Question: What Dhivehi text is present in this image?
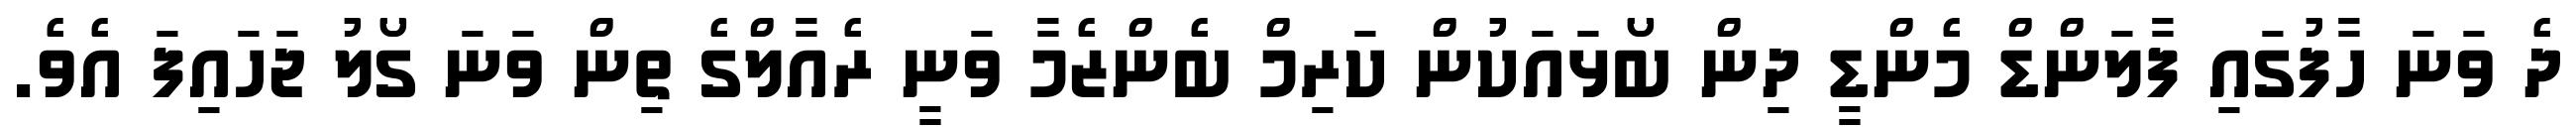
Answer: ދެ ވަނަ ހާފުގައި ފާލަންޑް މެންޑީ ދިން ބޯޅައަކުން ކަރިމް ބެންޒެމާ ވަނީ ރެއާލްގެ ތިން ވަނަ ގޯލު ޖަހައިފަ އެވެ.